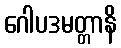
ဂေါပဒမတ္တာနိ